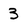
Character: 3